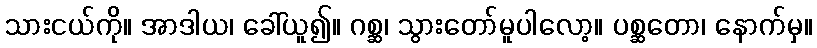
သားငယ်ကို။ အာဒါယ၊ ခေါ်ယူ၍။ ဂစ္ဆ၊ သွားတော်မူပါလော့။ ပစ္ဆတော၊ နောက်မှ။